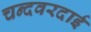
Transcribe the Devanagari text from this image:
चन्दवरदाई